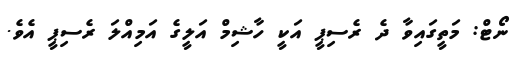
ނޯޓް: މަތީގައިވާ ދެ ރެސިޕީ އަކީ ހާޝިމް އަލީގެ އަމިއްލަ ރެސިޕީ އެވެ.